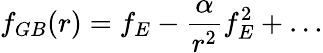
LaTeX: f_{GB}(r)=f_{E}-\frac{\alpha}{r^{2}}f_{E}^{2}+\dots